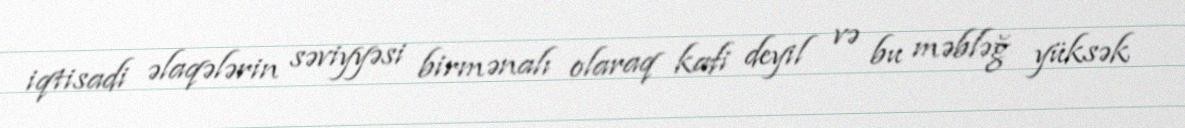
iqtisadi əlaqələrin səviyyəsi birmənalı olaraq kafi deyil və bu məbləğ yüksək